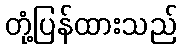
တုံ့ပြန်ထားသည်